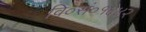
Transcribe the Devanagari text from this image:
वि०सं०१६४२